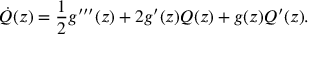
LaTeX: \dot { Q } ( z ) = \frac { 1 } { 2 } g ^ { \prime \prime \prime } ( z ) + 2 g ^ { \prime } ( z ) Q ( z ) + g ( z ) Q ^ { \prime } ( z ) .